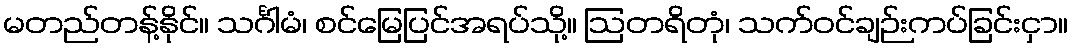
မတည်တန့်နိုင်။ သင်္ဂါမံ၊ စင်မြေပြင်အရပ်သို့။ ဩတရိတုံ၊ သက်ဝင်ချဉ်းကပ်ခြင်းငှာ။